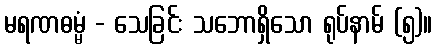
မရဏဓမ္မံ - သေခြင်း သဘောရှိသော ရုပ်နာမ် (၅)။